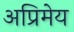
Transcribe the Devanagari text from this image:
अप्रिमेय